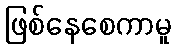
ဖြစ်နေစေကာမူ